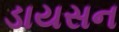
ડાયસન